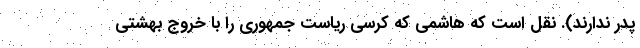
پدر ندارند). نقل است که هاشمی که کرسی ریاست جمهوری را با خروج بهشتی